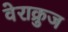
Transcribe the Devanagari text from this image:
वेराक्रुज